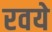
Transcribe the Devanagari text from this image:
रवये